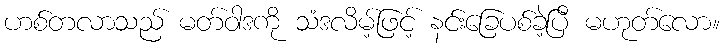
ဟစ်တလာသည် မတ်ဝါဒကို သံဒလိမ့်ဖြင့် နင်းခြေပစ်ခဲ့ပြီ မဟုတ်လော။